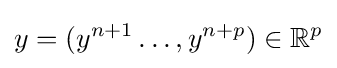
y=(y^{n+1}\dots ,y^{n+p})\in \mathbb {R} ^{p}